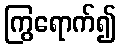
ကြွရောက်၍